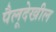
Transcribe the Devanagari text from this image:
पैलूदेखील